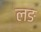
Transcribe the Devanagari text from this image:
लङ